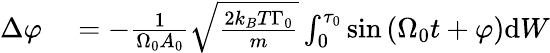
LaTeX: \begin{array}{rl}{\Delta\varphi}&{{}=-\frac{1}{\Omega_{0}A_{0}}\sqrt{\frac{2k_{B}T\Gamma_{0}}{m}}\int_{0}^{\tau_{0}}\sin\left(\Omega_{0}t+\varphi\right)\mathrm{d}W}\end{array}